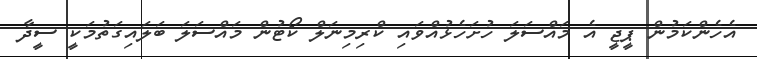
އެހެންކަމުން ޕީޖީ އެ މައްސަލަ ހުށަހެޅުއްވައި ކްރިމިނަލް ކޯޓުން މައްސަލަ ބަލައިގަތުމަކީ ސީދާ